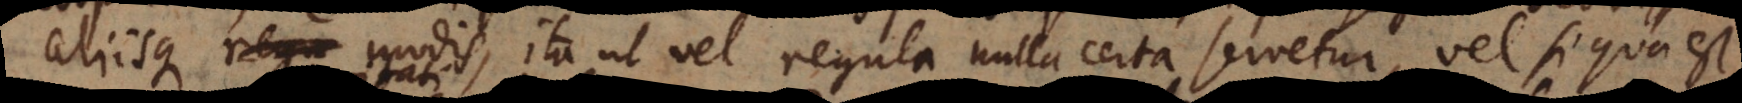
aliisque regu modis, ita ut vel regula nulla certa servetur, vel si qua est